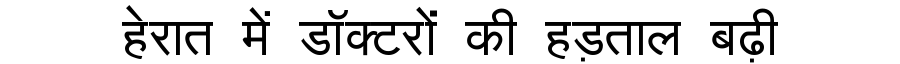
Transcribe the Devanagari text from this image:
हेरात में डॉक्टरों की हड़ताल बढ़ी